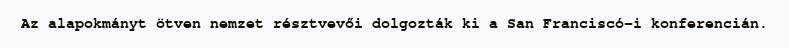
Az alapokmányt ötven nemzet résztvevői dolgozták ki a San Franciscó-i konferencián.